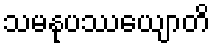
သမနုပဿေယျာတိ